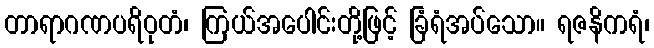
တာရာဂဏပရိဝုတံ၊ ကြယ်အပေါင်းတို့ဖြင့် ခြံရံအပ်သော။ ရဇနိကရံ၊